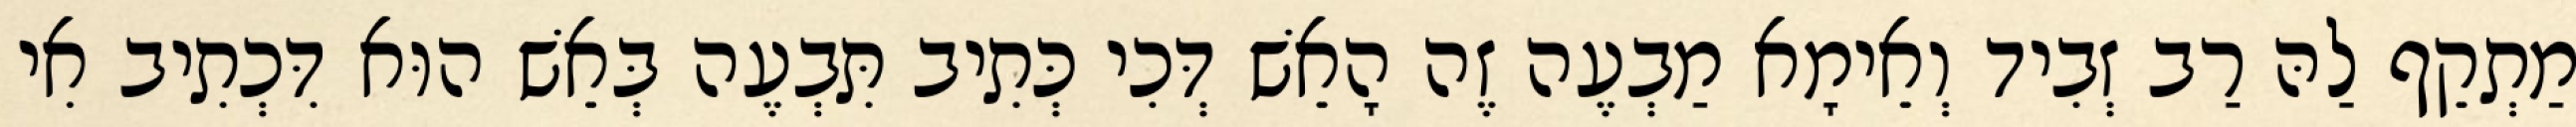
מַתְקֵף לַהּ רַב זְבִיד וְאֵימָא מַבְעֶה זֶה הָאֵשׁ דְּכִי כְּתִיב תִּבְעֶה בְּאֵשׁ הוּא דִּכְתִיב אִי